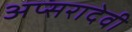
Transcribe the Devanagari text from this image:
अप्सरादेवी